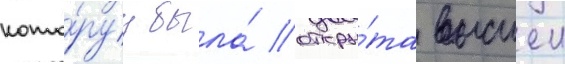
кото́руу была́ откры́та высшеи